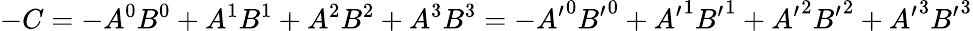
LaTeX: -C=-A^{0}B^{0}+A^{1}B^{1}+A^{2}B^{2}+A^{3}B^{3}=-{A^{\prime}}^{0}{B^{\prime}}^{0}+{A^{\prime}}^{1}{B^{\prime}}^{1}+{A^{\prime}}^{2}{B^{\prime}}^{2}+{A^{\prime}}^{3}{B^{\prime}}^{3}